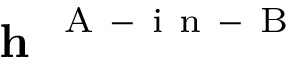
\textbf { h } ^ { \mathrm { ~ A ~ - ~ i ~ n ~ - ~ B ~ } }